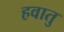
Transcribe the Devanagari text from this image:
हवातु